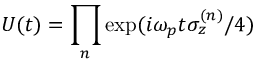
U ( t ) = \prod _ { n } \exp ( i \omega _ { p } t \sigma _ { z } ^ { ( n ) } / 4 )